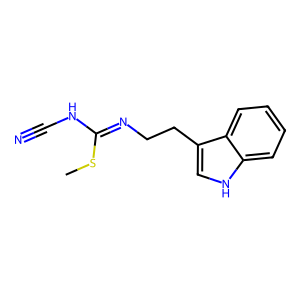
SMILES: CSC(=NCCc1c[nH]c2ccccc12)NC#N
Inhibits HIV replication: No